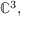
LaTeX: \mathbb { C } ^ { 3 } ,